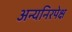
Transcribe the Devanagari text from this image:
अन्यनिरपेक्ष